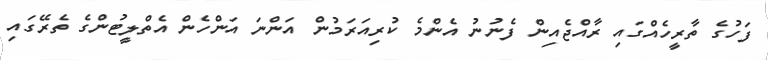
ފަހުގެ ތާރީހެއްގައި ރާއްޖެއިން ފެނުނު އެންމެ ކުރިއަރަމުން އަންނަ އަންހެން އެތްލީޓުންގެ ތެރޭގައި